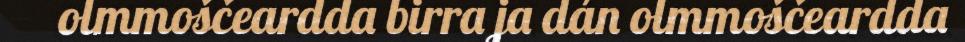
olmmoščeardda birra ja dán olmmoščeardda